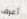
أعرف